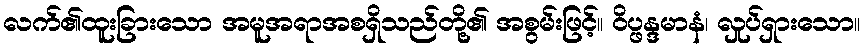
လက်၏ထူးခြားသော အမူအရာအစရှိသည်တို့၏ အစွမ်းဖြင့်။ ဝိပ္ဖန္ဒမာနံ၊ လှုပ်ရှားသော။